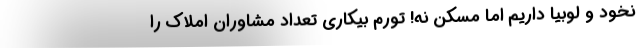
نخود و لوبیا داریم اما مسکن نه! تورم بیکاری تعداد مشاوران املاک را